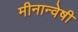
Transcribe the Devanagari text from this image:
मीनान्वेषी